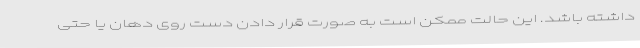
داشته باشد. این حالت ممکن است به صورت قرار دادن دست روی دهان یا حتی